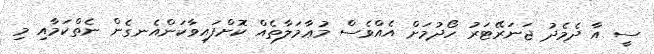
ސީ އާ ދެމެދު ޖަނަރޭޓަރު ހޯދުމަށް އެއްވެސް މުޢާމަލާތެއް ކޮށްފައިވާކަންއެނގެން ނެތްކަމާއި މި